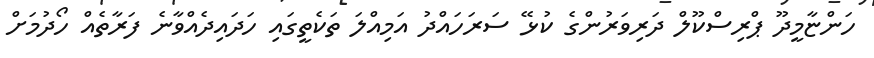
ހަންޏާމީދޫ ޕްރިސްކޫލް ދަރިވަރުންގެ ކުޅޭ ސަރަހައްދު އަމިއްލަ ތަކެތީގައި ހަދައިދެއްވާނެ ފަރާތެއް ހޯދުމަށް